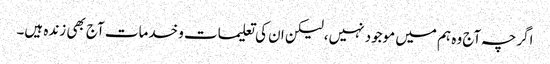
اگرچہ آج وہ ہم میں موجود نہیں،لیکن ان کی تعلیمات و خدمات آج بھی زندہ ہیں۔